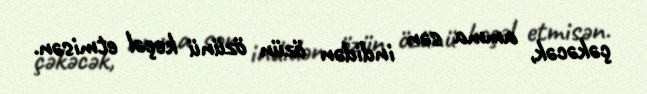
çəkəcək, amma sən indidən özün özünü keçəl etmisən.